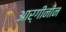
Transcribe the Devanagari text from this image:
आर्गीनीन